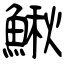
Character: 鰍